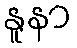
နူနာ